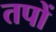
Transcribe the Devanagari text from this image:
तपों